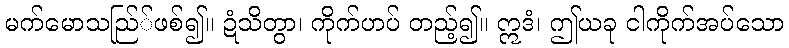
မက်မောသည်ြ်ဖစ်၍။ ဍံသိတွာ၊ ကိုက်ဟပ် တည့်၍။ ဣဒံ၊ ဤယခု ငါကိုက်အပ်သော